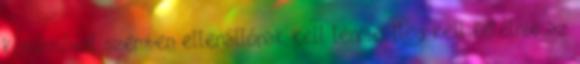
korrózióval szemben ellenállónak kell lennie. Meg kell felelnie az